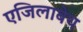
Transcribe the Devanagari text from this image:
एजिलाबेथ